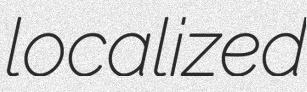
localized